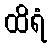
ထိရံ